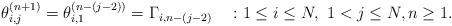
LaTeX: \begin{align*}\theta^{(n+1)}_{i,j} = \theta^{(n-(j-2))}_{i,1} = \Gamma_{i,n-(j-2)} ~~~ : 1 \le i \le N,~ 1<j \le N, n \ge 1.\end{align*}